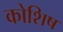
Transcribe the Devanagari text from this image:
कोशिष